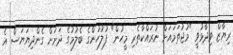
ރިޔާޒް ވިދާޅުވީ "މުޖުތަމައަށް ނުރައްކާތެރި މީހުން" ފުލުހުންގެ ބެލުމުގެ ދަށަށް ގެންދިޔަޔަސް އެ